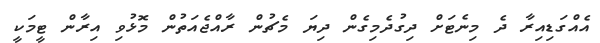
އެއްގަޑިއިރާ ދެ މިނެޓަށް ދިގުދެމިގެން ދިޔަ މެޗުން ރާއްޖެއަތުން މޮޅުވި އިރާން ޓީމަކީ